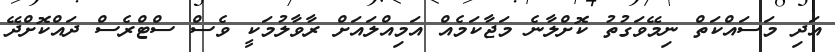
އަދި މަސައްކަތް ނިމޭވަގުތު ކޮށްލާނެ މަޖާކަމެއް އަމިއްލައަށް ރާވާލުމަކީ ވެސް ސްޓްރެސް ދައްކޮށްދޭ